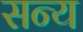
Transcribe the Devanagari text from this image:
सन्य